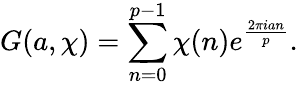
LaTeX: G(a,\chi)=\sum_{n=0}^{p-1}\chi(n)e^{\frac{2\pi ian}{p}}.